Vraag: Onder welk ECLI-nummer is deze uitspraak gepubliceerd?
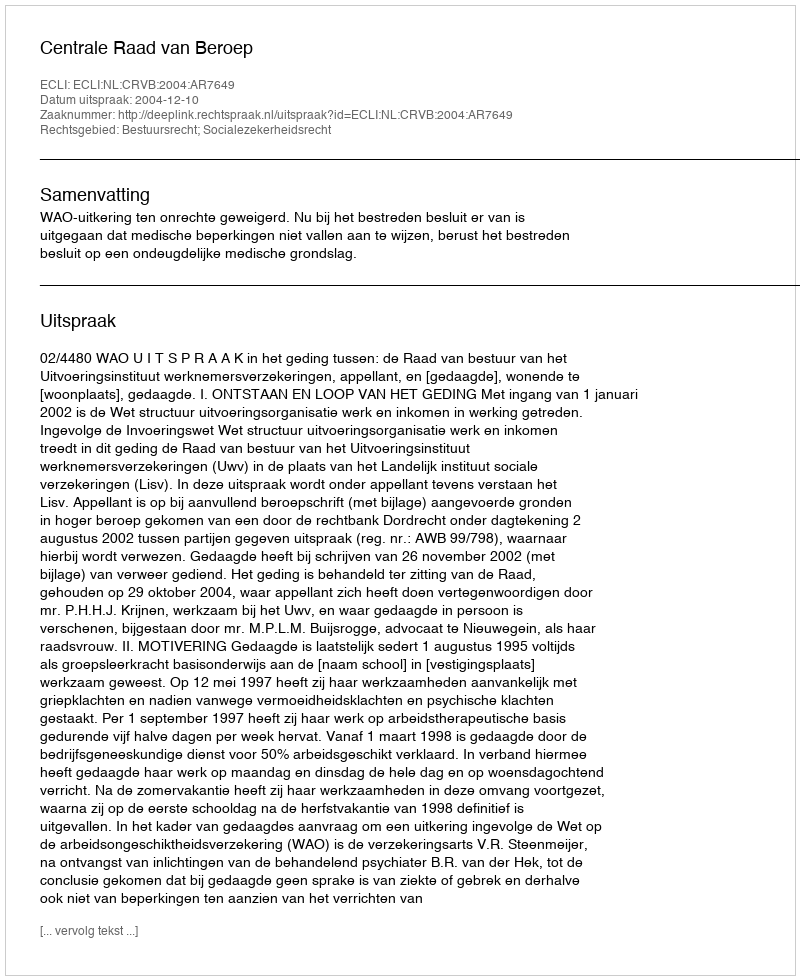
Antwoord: ECLI:NL:CRVB:2004:AR7649